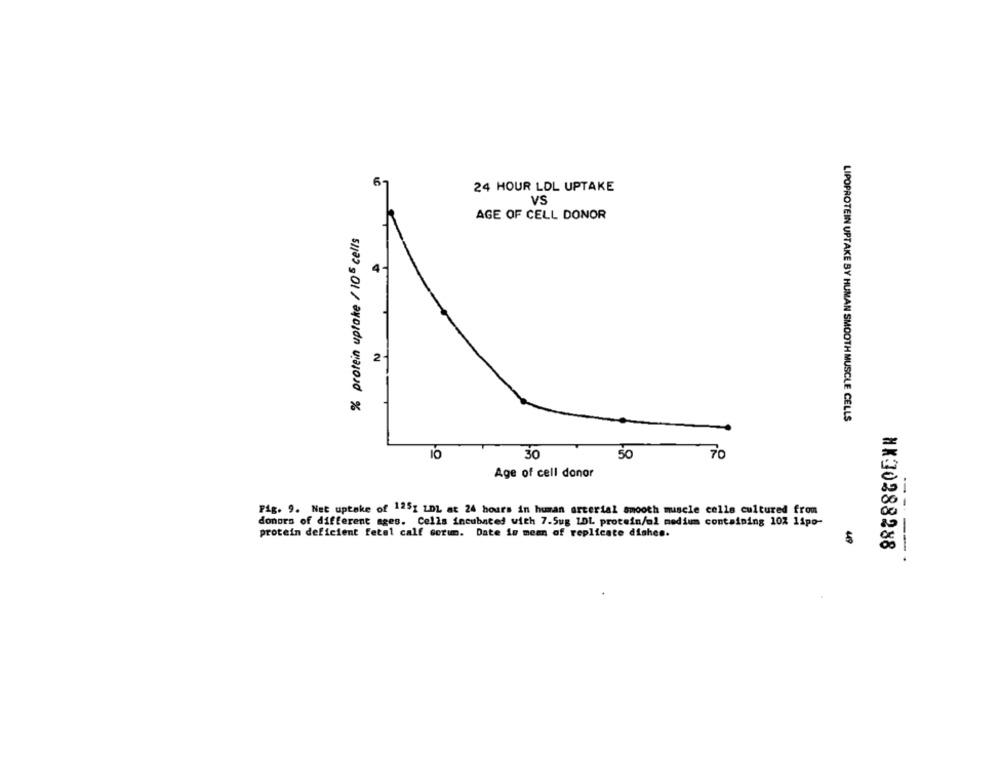
6,
24 HOUR LDL UPTAKE
VS
AGE OF CELL DONOR
% protein uptake / 105 cells
4
2
LIPOPROTEIN UPTAKE BY HUMAN SMOOTH MUSCLE CELLS
30
70
Age of cell donor
Fig. 9. Net uptake of 125g LDL at 24 hours in human arterial smooth muscle cells cultured from
donors of different ages. Cells incubated with 7.5ug LDL protein/al medium containing 10% 11po-
protein deficient fetal calf sorum. Date in mean of replicate dishes.
49
HK:30288288
----